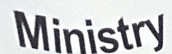
Ministry